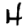
Digit: 4